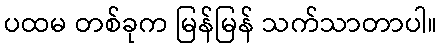
ပထမ တစ်ခုက မြန်မြန် သက်သာတာပါ။